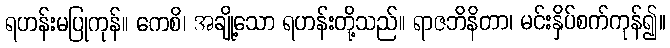
ရဟန်းမပြုကုန်။ ကေစိ၊ အချို့သော ရဟန်းတို့သည်။ ရာဇဘိနိတာ၊ မင်းနှိပ်စက်ကုန်၍။